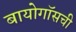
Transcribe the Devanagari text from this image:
बायोगॉसची